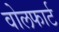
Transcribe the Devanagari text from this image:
वोलफार्ट